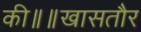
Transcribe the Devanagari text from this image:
की॥॥खासतौर